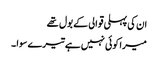
ان کی پہلی قوالی کے بول تھے
میرا کوئی نہیں ہے تیرے سوا ۔